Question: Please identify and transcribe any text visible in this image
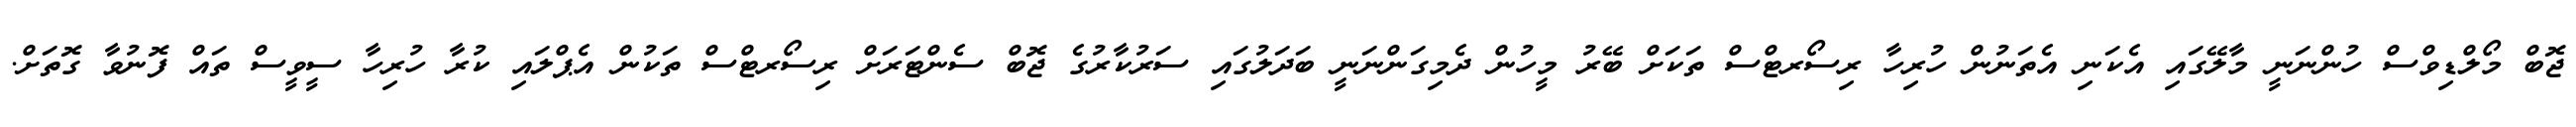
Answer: ޖޮބް މޯލްޑިވްސް ހުންނަނީ މާލޭގައި އެކަނި އެތަނުން ހުރިހާ ރިސޯރޓްސް ތަކަށް ބޭރު މީހުން ދެމިގަންނަނީ ބަދަލުގައި ސަރުކާރުގެ ޖޮބް ސެންޓަރަށް ރިސޯރޓްސް ތަކުން އެޕްލައި ކުރާ ހުރިހާ ސީވީސް ތައް ފޮނުވާ ގޮތަށް.